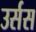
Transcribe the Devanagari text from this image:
उर्सस